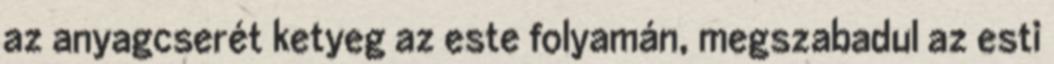
az anyagcserét ketyeg az este folyamán, megszabadul az esti